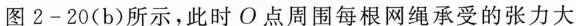
图2-20(b)所示，此时O点周围每根网绳承受的张力大